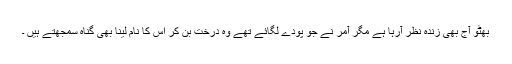
بھٹو آج بھی زندہ نظر آرہا ہے مگر آمر نے جو پودے لگائے تھے وہ درخت بن کر اس کا نام لینا بھی گناہ سمجھتے ہیں ۔